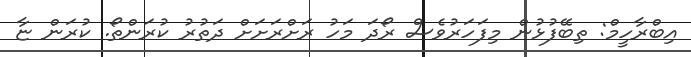
އިބްރާހީމް: ތިބޭފުޅުން މިފަހަރުވެސް ރޯދަ މަހު ރަށްރަށަށް ދަތުރު ކުރަންތޯ. ކުރަން ޏާ